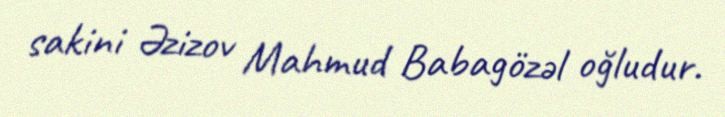
sakini Əzizov Mahmud Babagözəl oğludur.